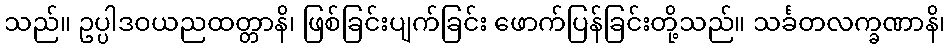
သည်။ ဥပ္ပါဒဝယညထတ္တာနိ၊ ဖြစ်ခြင်းပျက်ခြင်း ဖောက်ပြန်ခြင်းတို့သည်။ သင်္ခတလက္ခဏာနိ၊